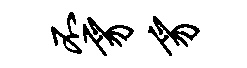
丕豸豸